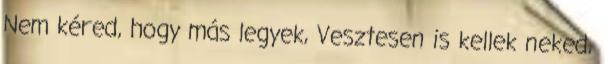
Nem kéred, hogy más legyek, Vesztesen is kellek neked,